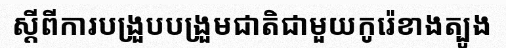
ស្តីពីការបង្រួបបង្រួមជាតិជាមួយកូរ៉េខាងត្បូង